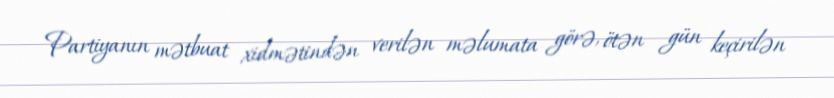
Partiyanın mətbuat xidmətindən verilən məlumata görə, ötən gün keçirilən